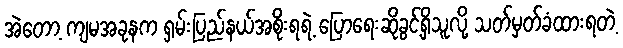
အဲတော့ ကျမအခုနက ရှမ်းပြည်နယ်အစိုးရရဲ့ ပြောရေးဆိုခွင့်ရှိသူလို့ သတ်မှတ်ခံထားရတဲ့